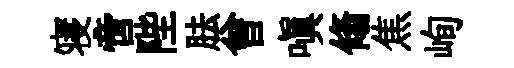
寝啻陛胠曾嗔翛焦峋